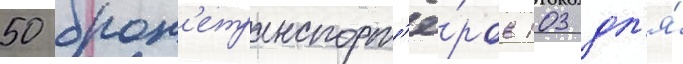
50 брон'етранспорт'ё́ров 103 дл'я́